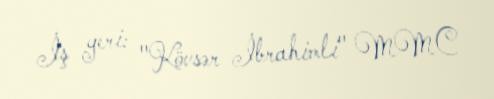
İş yeri: "Kövsər İbrahimli" MMC